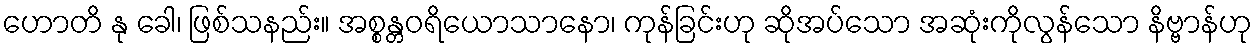
ဟောတိ နု ခေါ၊ ဖြစ်သနည်း။ အစ္စန္တဝရိယောသာနော၊ ကုန်ခြင်းဟု ဆိုအပ်သော အဆုံးကိုလွန်သော နိဗ္ဗာန်ဟု